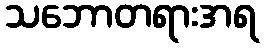
သဘောတရားအရ